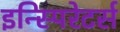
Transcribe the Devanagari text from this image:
इन्स्पिरेटर्स